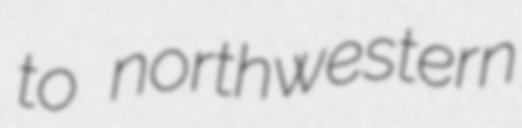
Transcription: to northwestern